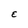
Character: E